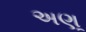
અણૂ